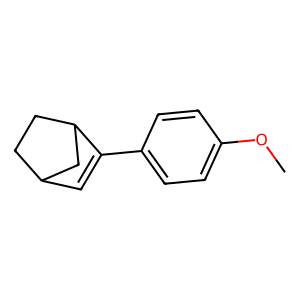
SMILES: COc1ccc(C2=CC3CCC2C3)cc1
Inhibits HIV replication: No